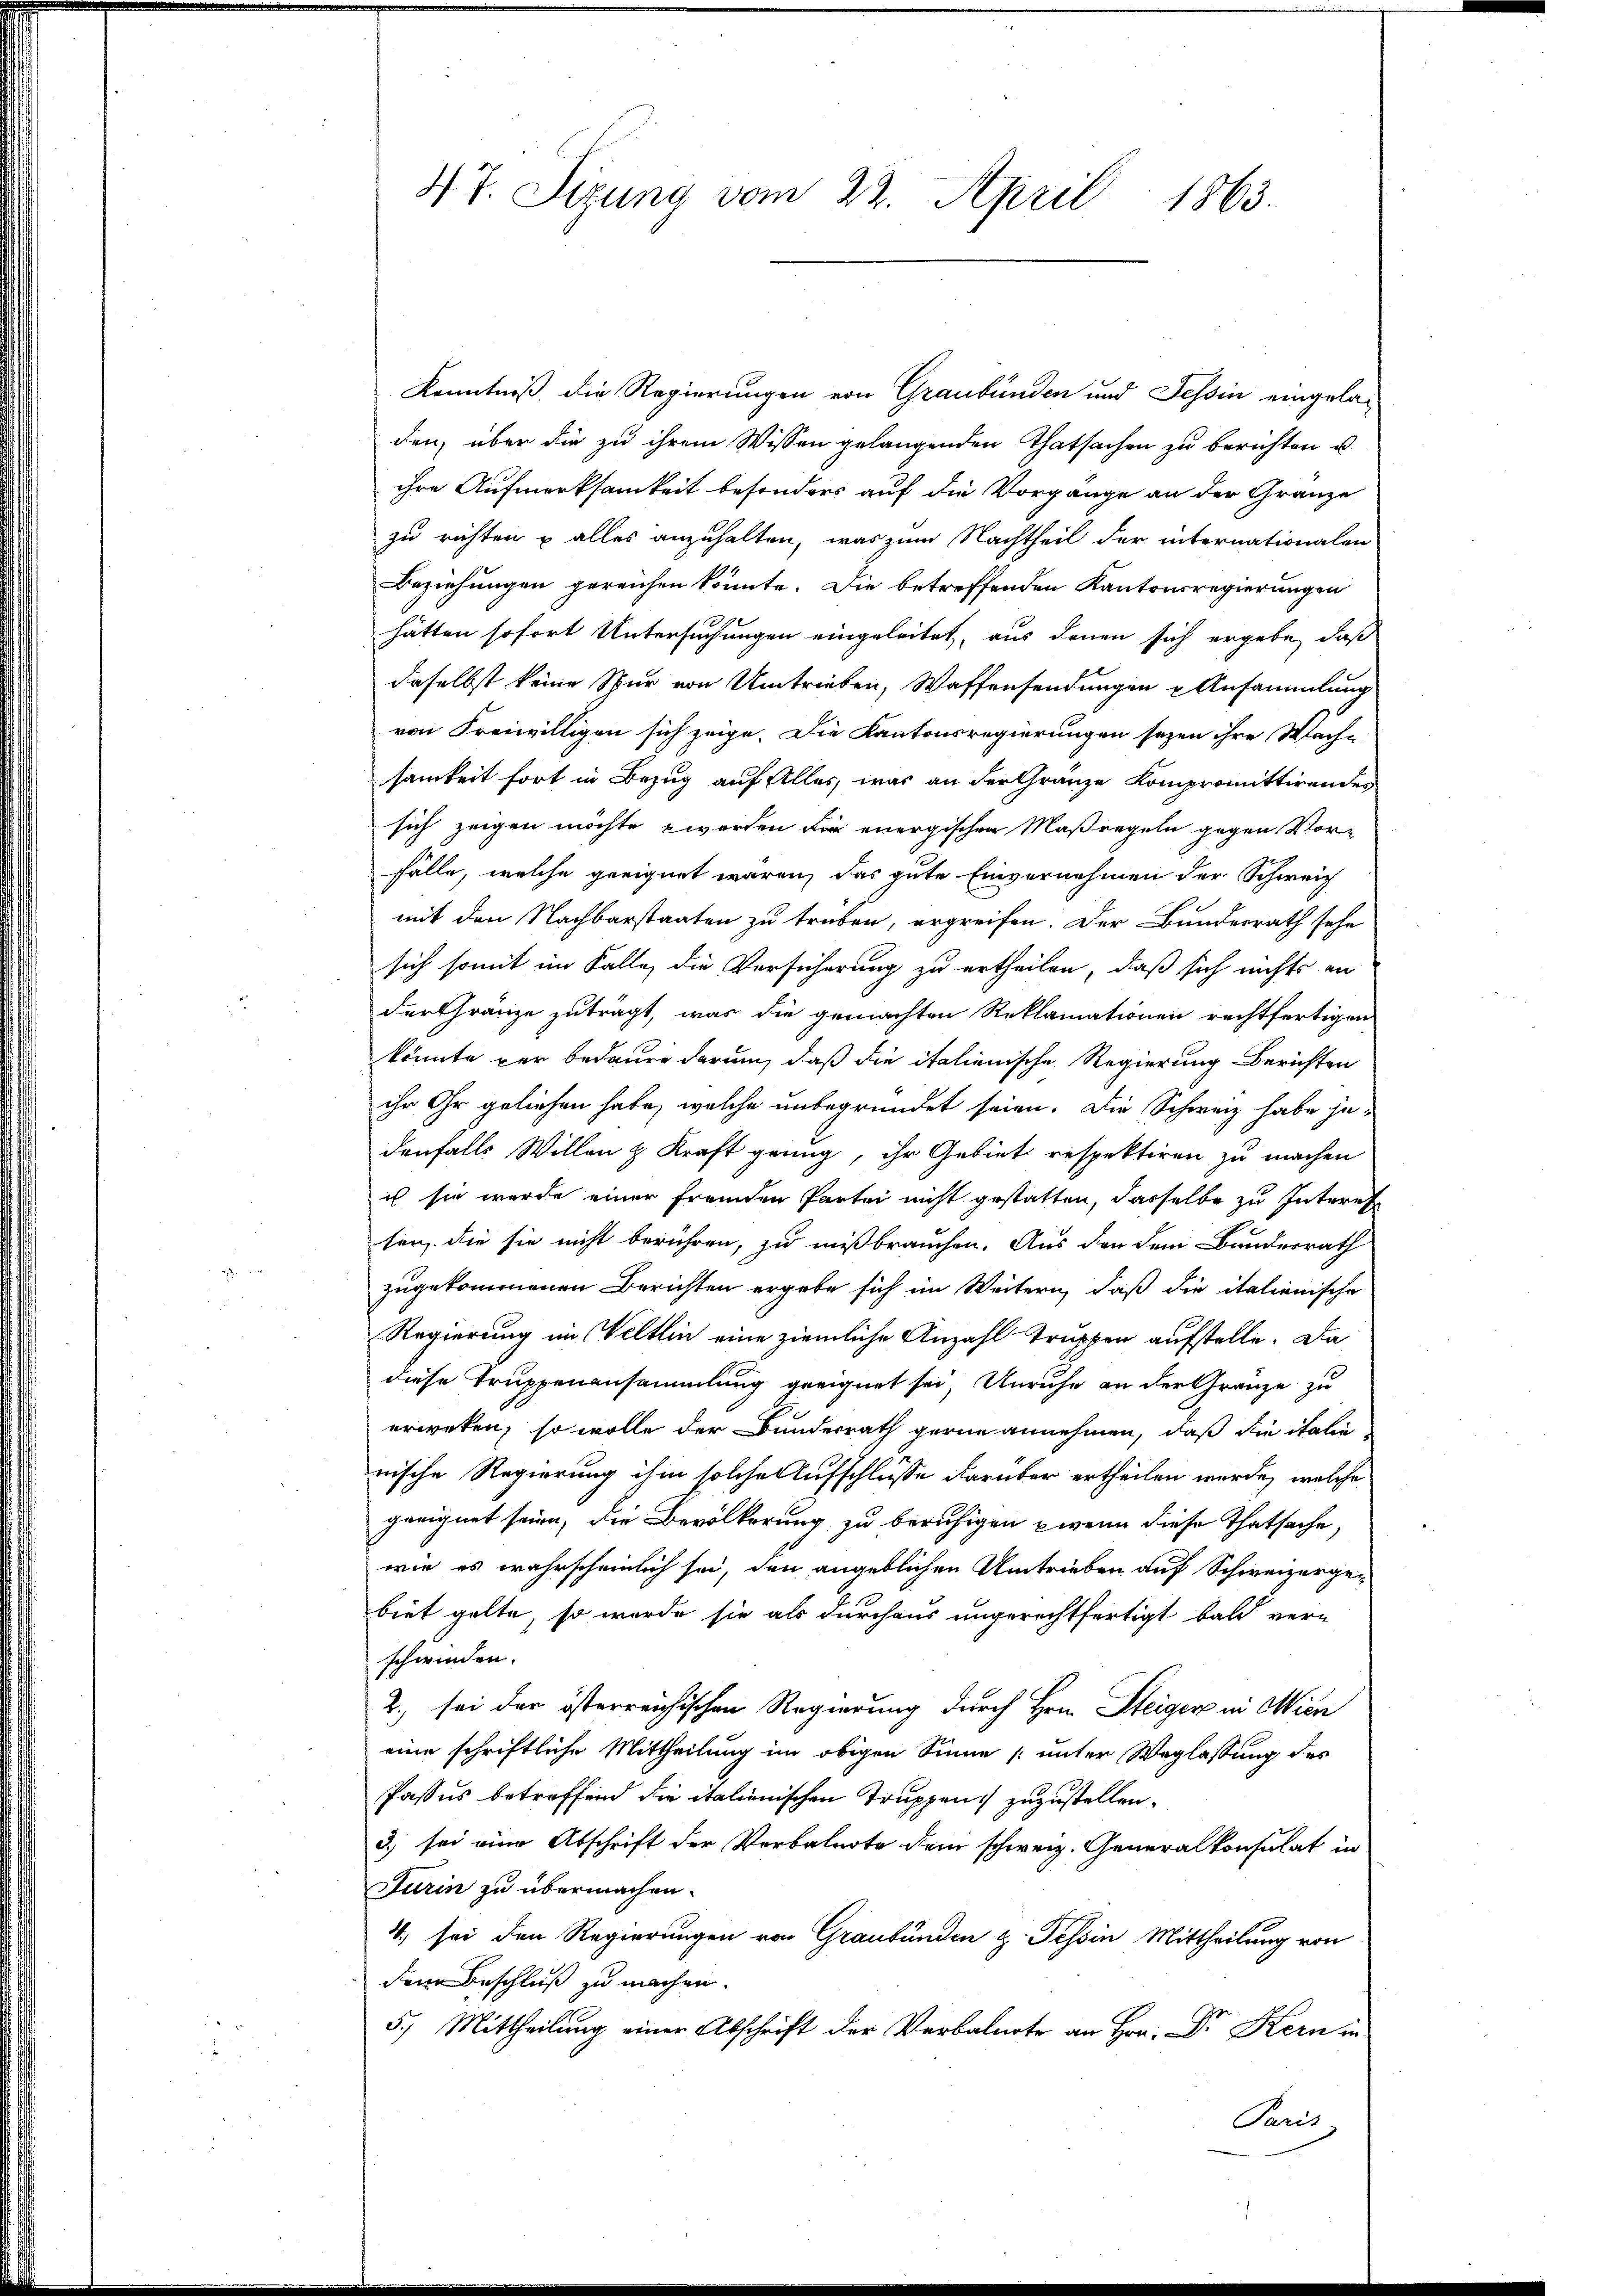
47. Sizung vom 22. April 1863.

Kenntniß die Regierungen von Graubünden und Tessin eingeladen, über die zu ihrem Wissen gelangenden Thatsachen zu berichten u.
ihre Aufmerksamkeit besonders auf die Vorgange an der Gränze
zu richten u alles anzuhalten, was zum Nachtheil der internationalen
Beziehungen gereichen könnte. Die betreffenden Kantonsregierungen
29
hätten sofort Untersuchungen eingeleitet, aus denen sich ergebe, daß
daselbst keine Spur von Umtrieben, Waffensendungen u Ansammlung
von Freiwilligen sich zeige. Die Kantonsregierungen seyen ihre Wache
samkeit fort in Bezug auf Alles, was an der Gränze Kompromittirendes
sich zeigen möchte, worden dir energischen Maßregeln gegen Vor-
Fälle, welche geeignet waren, das gute Einvernehmen der Schweiz
mit den Nachbarstaaten zu traben, ergreifen. Der Bundesrath sehe
sich somit im Falle, die Versicherung zu ertheilen, daß sich nichts an
der Gränze zutragt, was die gemachten Reklamationen rechtfertigen
könnte per bedaure darum, daß die italienische Regierung Berichten
ihr Ihr geliehen habe, welche unbegründet seien. Die Schweiz habe jedenfalls Willen & Kraft grung, ihr Gebiet respektiren zu machen
is sie werde einer fremden Partei nicht gestatten, dasselbe zu Interes
sen, die sie nicht berühren, zu mißbrauchen. Aus den dem Bundesrath
zugekommenen Berichten ergebe sich im Weitern, daß die italienische
Regierung im Veltlin eine ziemliche Anzahl Truppen aufstelle. Da
diese Truppenansammlung geeignet sei, Unruhe an der Gränze zu
erweten, so wolle der Bundesrath gerne annehmen, daß die italie
nische Regierung ihm solche Aufschlüsse darüber ertheilen werde, welche
geeignet seien, die Bevölkerung zu beruhigen wenn diese Thatsache,
wie es wahrscheinlich sei, den angeblichen Umtrieben auf Schweizergebiet gelte, so wurde sie als durchaus ungerechtfertigt bald vern
schwinden.
2.) sei der österreichischen Regierung durch Hrn. Steiger in Wien
eine schriftliche Mittheilung im obigen Sinne [unter Weglassung des
Passus betreffend die italienischen Truppen zuzustellen.
3) sei eine Abschrift der Verbalnote dem schweiz. Generalkonsulat in
Furin zu übermachen.
4. sei den Regierungen von Graubünden z. Tessin Mittheilung von
den Beschluß zu machen.
5.) Mittheilung einer Abschrift der Verbalnote an Hr. Dr Kern in
Paris